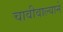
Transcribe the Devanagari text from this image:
चावीवाल्याने